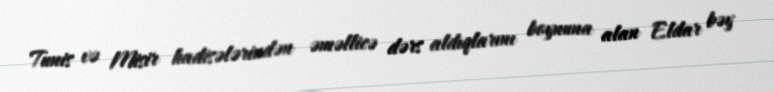
Tunis və Misir hadisələrindən əməllicə dərs aldıqlarını boynuna alan Eldar bəy